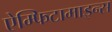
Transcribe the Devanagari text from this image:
ऐम्फिटामाइन्स